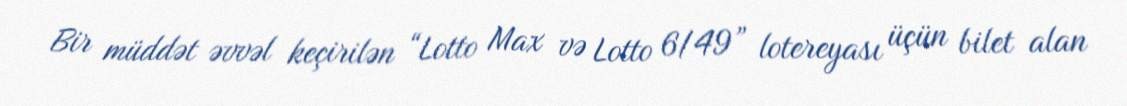
Bir müddət əvvəl keçirilən “Lotto Max və Lotto 6/49” lotereyası üçün bilet alan